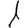
Digit: 1